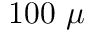
1 0 0 ~ \mu